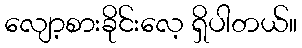
လျော့စားခိုင်းလေ့ ရှိပါတယ်။